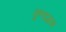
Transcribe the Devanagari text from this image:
कुण्डग्राम